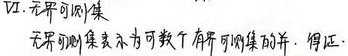
Ⅵ. 无界可测集表示为可数个有界可测集的并。得证。